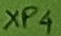
Text: XP4